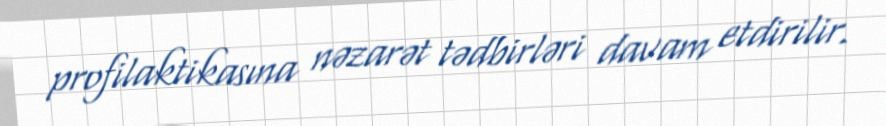
profilaktikasına nəzarət tədbirləri davam etdirilir.